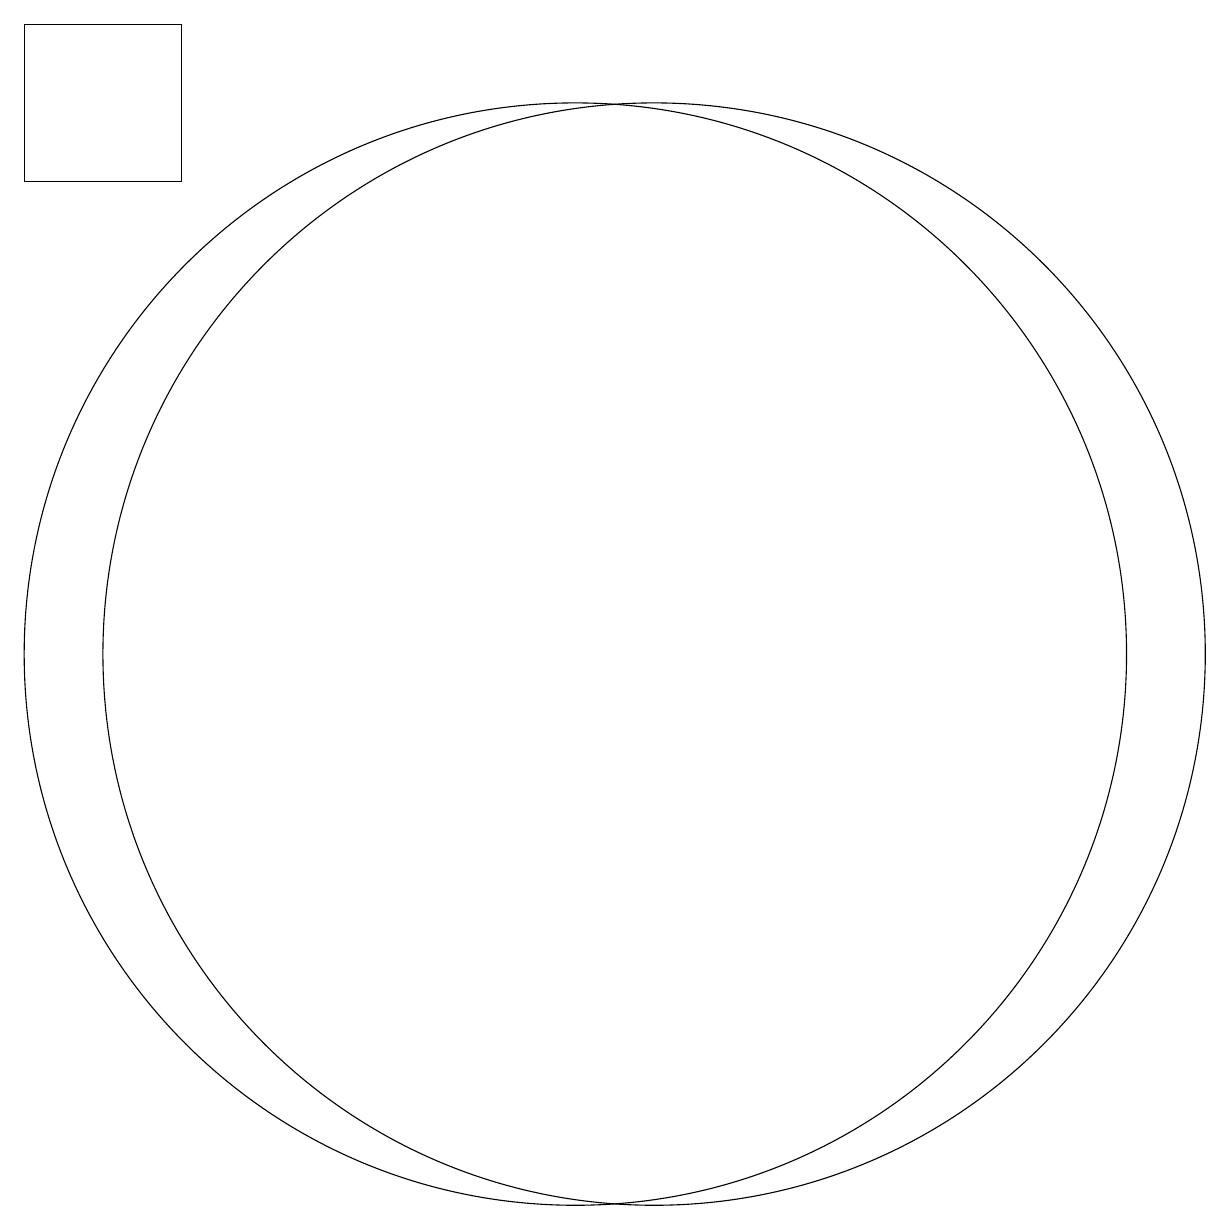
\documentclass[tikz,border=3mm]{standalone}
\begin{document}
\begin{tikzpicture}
\draw (11,10) circle (0);
\draw (12,11) circle (7);
\draw (6,17) rectangle (4,19);
\draw (11,11) circle (7);
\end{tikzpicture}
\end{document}